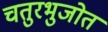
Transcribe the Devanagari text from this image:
चतुरभुजोत